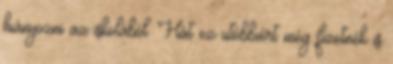
hiányozni az iskolából. Hát ez utóbbiért még fizetnék is